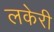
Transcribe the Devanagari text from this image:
लकेरी